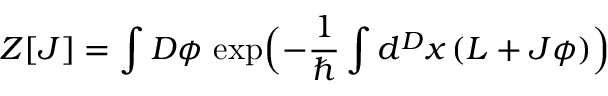
Z [ J ] = \int { \cal D } \phi \, \exp \Bigl ( - \frac { 1 } { \hbar } \int d ^ { D } x \, ( { \cal L } + J \phi ) \Bigr )